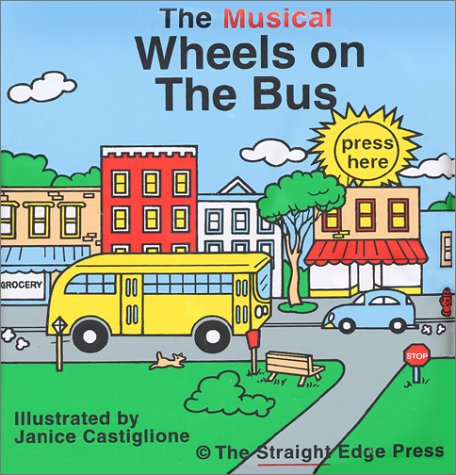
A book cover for The Musical Wheels on the Bus (Rub a Dub Tub Musical Books); Janice Castiglione; Children's Books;